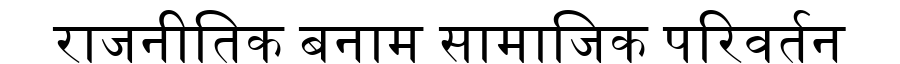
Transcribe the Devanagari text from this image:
राजनीतिक बनाम सामाजिक परिवर्तन